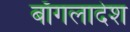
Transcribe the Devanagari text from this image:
बाँगलादेश